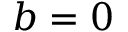
b = 0